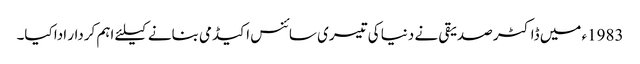
1983ء میں ڈاکٹر صدیقی نے دنیا کی تیسری سائنس اکیڈمی بنانے کیلئے اہم کردار ادا کیا۔